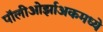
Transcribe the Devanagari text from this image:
पॉलीओर्झाअकमध्ये